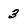
Character: 3